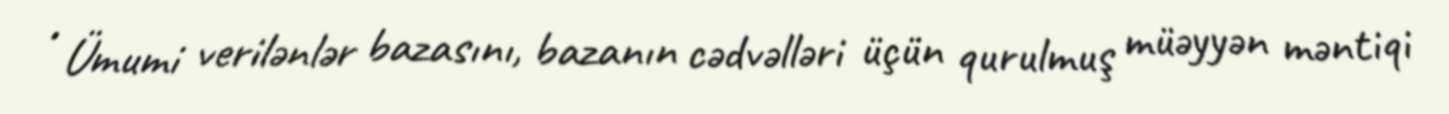
• Ümumi verilənlər bazasını, bazanın cədvəlləri üçün qurulmuş müəyyən məntiqi